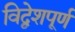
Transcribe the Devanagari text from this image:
विद्वेशपूर्ण